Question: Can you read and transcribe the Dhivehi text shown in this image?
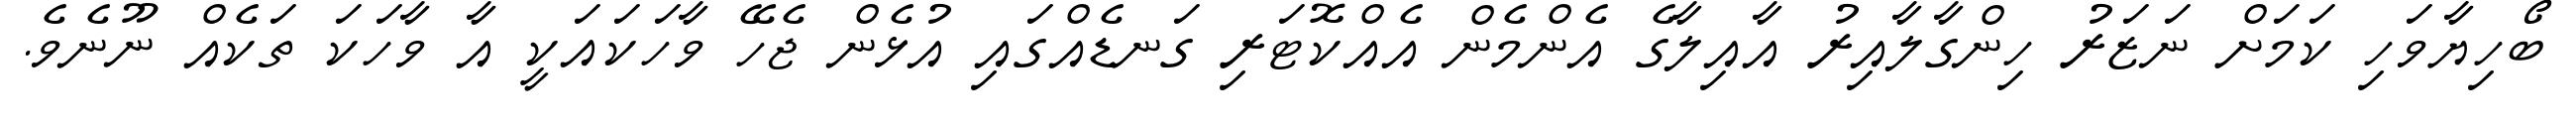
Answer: ބޯހިޔާވަހި ކަމަށް ނަޒަރު ހިންގާލާއިރު އާއިލާގެ އެންމެން އެއްކޮޓަރި ގަނޑެއްގައި އުޅެން ޖެހޭ ވާހަކައަކީ އާ ވާހަކަ ތަކެއް ނޫނެވެ.